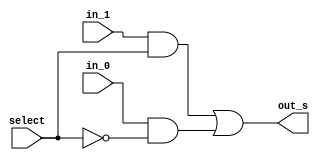
/*
* Aluno: Henrique Augusto Rodrigues
* Arquitetura 1 - Tarde
* Guia_07  Exemplo 0706.
*/
module mux (output out_s, input in_0, in_1, select);

//wires
wire not_select;
wire on_0, on_1;


//portas
not NOT1 (not_select, select);
and AND1 (on_0, in_0, not_select);
and AND2 (on_1, in_1, select);

or OR1 (out_s, on_1, on_0);

endmodule

module iguais (output out_s, input in_a0, in_a1, in_b0, in_b1);
//wires
wire out_xnor1, out_xnor2;

xnor XNOR1 (out_xnor1, in_a0, in_b0);
xnor XNOR2 (out_xnor2, in_a1, in_b1);
and  AND1 (out_s, out_xnor1, out_xnor2);
endmodule

module diferentes (output out_s, input in_a0, in_a1, in_b0, in_b1);
//wires
wire out_xor1, out_xor2;

xor XOR1 (out_xor1, in_a0, in_b0);
xor XOR2 (out_xor2, in_a1, in_b1);
or OR1 (out_s, out_xor1, out_xor2);
endmodule


module Exemplo0706;

//definicoes

reg[1:0] a, b;
reg select;
wire iguais_out, diferentes_out, s;

iguais IGUAIS1 (iguais_out, a[0], a[1], b[0], b[1]);
diferentes DIFERENTES1 (diferentes_out, a[0], a[1], b[0], b[1]);

mux MUX (s, iguais_out, diferentes_out, select);


initial
begin: main
$display("Exemplo_0706");
$display("675263 - Henrique Augusto Rodrigues");
$display(" a   b   select    S");

a=0; b=0; select=0;

//monitor
#1 $monitor(" %b  %b     %b      %b ", a, b, select, s);

#1 a=0; b=1; select=0;
#1 a=0; b=2; select=0;
#1 a=0; b=3; select=0;
#1 a=1; b=0; select=0;
#1 a=1; b=1; select=0;
#1 a=1; b=2; select=0;
#1 a=1; b=3; select=0;
#1 a=2; b=0; select=0;
#1 a=2; b=1; select=0;
#1 a=2; b=2; select=0;
#1 a=2; b=3; select=0;
#1 a=3; b=0; select=0;
#1 a=3; b=1; select=0;
#1 a=3; b=2; select=0;
#1 a=3; b=3; select=0;

#1 a=0; b=0; select=1;$display("");
#1 a=0; b=1; select=1;
#1 a=0; b=2; select=1;
#1 a=0; b=3; select=1;
#1 a=1; b=0; select=1;
#1 a=1; b=1; select=1;
#1 a=1; b=2; select=1;
#1 a=1; b=3; select=1;
#1 a=2; b=0; select=1;
#1 a=2; b=1; select=1;
#1 a=2; b=2; select=1;
#1 a=2; b=3; select=1;
#1 a=3; b=0; select=1;
#1 a=3; b=1; select=1;
#1 a=3; b=2; select=1;
#1 a=3; b=3; select=1;


end
endmodule